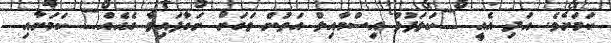
ކަމަށެވެ. އަދި އެއީ "ކަލަފުޅު އިސްމާއިލް އަތުން ވަގަށް ނަގާފައިވާ ގެއެއް" ކަމަށާއި